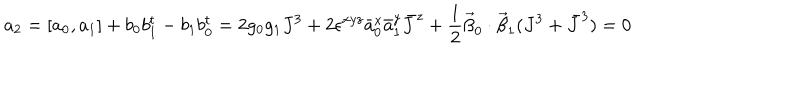
a _ { 2 } = [ a _ { 0 } , a _ { 1 } ] + b _ { 0 } b _ { 1 } ^ { t } - b _ { 1 } b _ { 0 } ^ { t } = 2 g _ { 0 } g _ { 1 } J ^ { 3 } + 2 \epsilon ^ { x y z } \bar { a } _ { 0 } ^ { x } \bar { a } _ { 1 } ^ { y } \bar { J } ^ { z } + \frac { 1 } { 2 } \vec { \beta } _ { 0 } \cdot \vec { \beta } _ { 1 } ( J ^ { 3 } + \bar { J } ^ { 3 } ) = 0